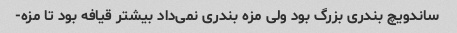
ساندویچ بندری بزرگ بود ولی مزه بندری نمی‌داد بیشتر قیافه بود تا مزه-